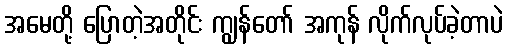
အမေတို့ ပြောတဲ့အတိုင်း ကျွန်တော် အကုန် လိုက်လုပ်ခဲ့တာပဲ